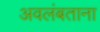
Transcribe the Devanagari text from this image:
अवलंबताना